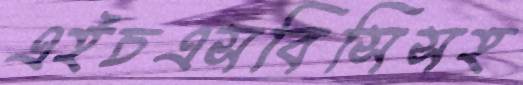
এইচএসবিসিসহ